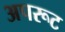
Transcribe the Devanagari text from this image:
अपरूट